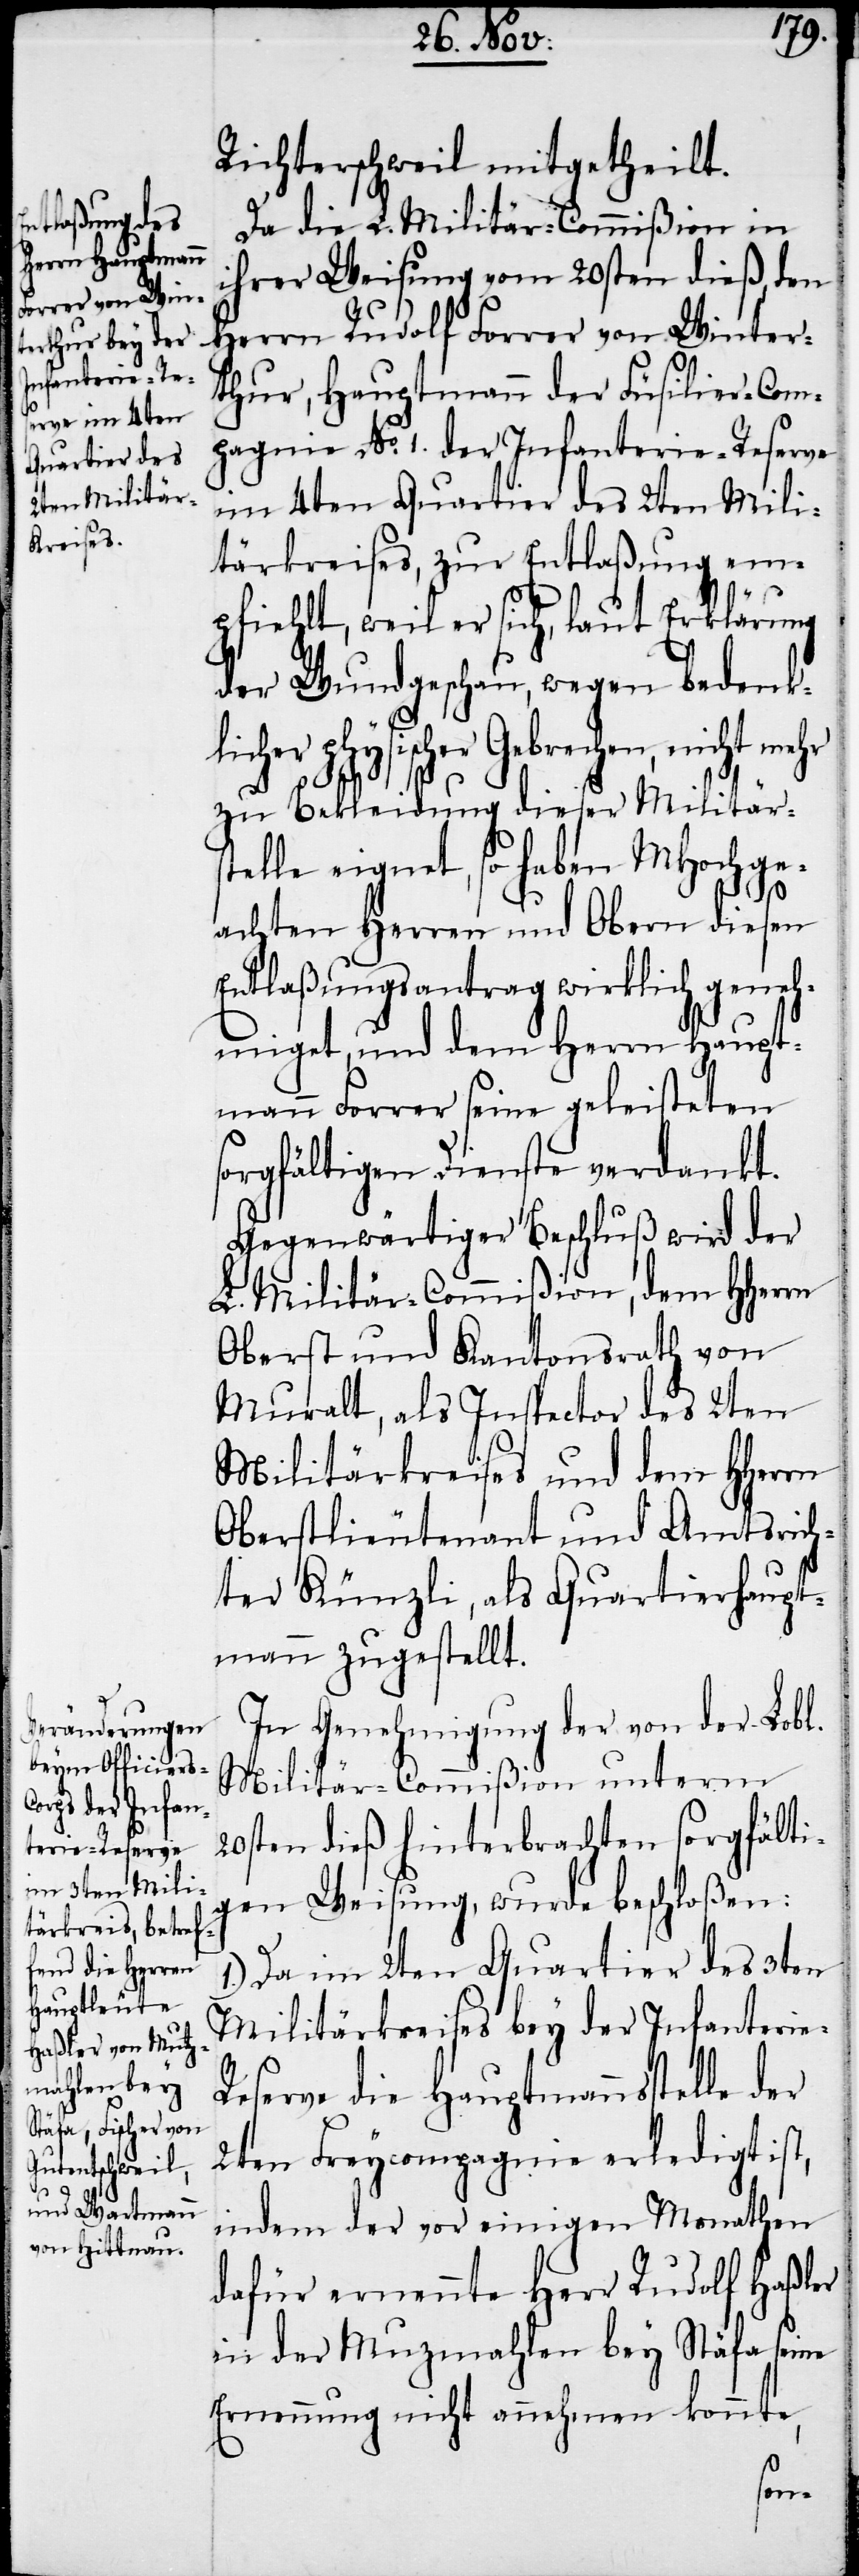
Richterschweil mitgetheilt.
Da die L. Militär-Commißion in
ihrer Weisung vom 20sten dieß, den
Herrn Rudolf Forrer von Winter¬
thur, Hauptmann der Füsilier-Com¬
pagnie No. 1 der Infanterie-Reserve
im 4ten Quartier des 2ten Mili¬
tärkreises, zur Entlaßung em¬
pfiehlt, weil er sich, laut Erklärung
der Wundgeschau, wegen bedenkl¬
icher physischer Gebrechen, nicht
zu Bekleidung dieser Militärst¬
elle eignet, so haben MHochge¬
achten Herren und Obern diesen
Entlaßungsantrag wirklich geneh¬
miget, und dem Herrn Haupt¬
mann Forrer seine geleisteten
sorgfältigen Dienste verdankt.
Gegenwärtiger Beschluß wird der
L. Militär-Commißion, dem HHerrn
Oberst und Kantonsrath von
Muralt, als Inspector des 2ten
Militärkreises und dem HHerrn
Oberstlieutenant und Amtsrich¬
ter Künzli, als Quartierhaupt¬
mann zugestellt.
In Genehmigung der von der Lobl.
Militär-Commißion unterm
20sten dieß hinterbrachten sorgfälti¬
gen Weisung, wurde beschloßen:
1.) Da im 2ten Quartier des 3ten
Militärkreises bey der Infanterie-R¬
eserve die Hauptmansstelle der
2ten Freycompagnie erledigt ist,
indem der vor einigen Monathen
dafür ernennte Herr Rudolf Haßler
in der Mutzmahlen bey Stäfa seine
Ernennung nicht annehmen konnte,